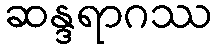
ဆန္ဒရာဂဿ